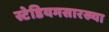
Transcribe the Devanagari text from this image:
स्टेडियमसारख्या